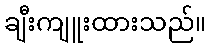
ချီးကျူးထားသည်။